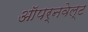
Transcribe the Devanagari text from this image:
ऑपर्नवेल्ट